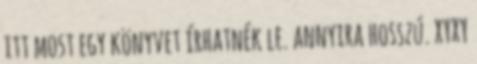
itt most egy könyvet írhatnék le. annyira hosszú. XYXY